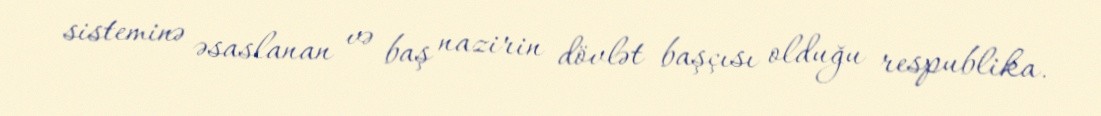
sisteminə əsaslanan və baş nazirin dövlət başçısı olduğu respublika.